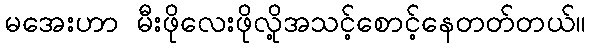
မအေးဟာ မီးဖိုလေးဖိုလို့အသင့်စောင့်နေတတ်တယ်။